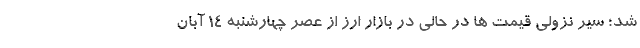
شد؛ سیر نزولی قیمت ها در حالی در بازار ارز از عصر چهارشنبه 14 آبان